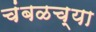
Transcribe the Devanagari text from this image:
चंबळच्या